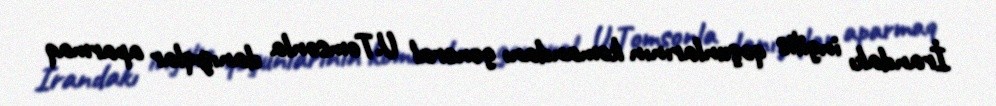
İrandakı ingilis qoşunlarının komandanı general U.Tomsonla danışıqlar aparmaq